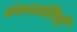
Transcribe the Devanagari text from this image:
वंशवालियों